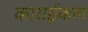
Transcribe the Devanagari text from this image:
काराईकल